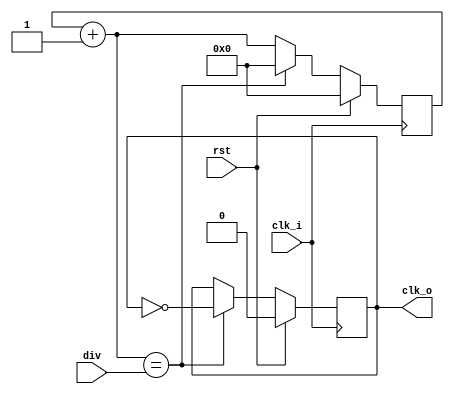
/*
 * The MIT License (MIT)
 *
 * Copyright (c) 2015 Stefan Wendler
 *
 * Permission is hereby granted, free of charge, to any person obtaining a copy
 * of this software and associated documentation files (the "Software"), to deal
 * in the Software without restriction, including without limitation the rights
 * to use, copy, modify, merge, publish, distribute, sublicense, and/or sell
 * copies of the Software, and to permit persons to whom the Software is
 * furnished to do so, subject to the following conditions:
 *
 * The above copyright notice and this permission notice shall be included in
 * all copies or substantial portions of the Software.
 *
 * THE SOFTWARE IS PROVIDED "AS IS", WITHOUT WARRANTY OF ANY KIND, EXPRESS OR
 * IMPLIED, INCLUDING BUT NOT LIMITED TO THE WARRANTIES OF MERCHANTABILITY,
 * FITNESS FOR A PARTICULAR PURPOSE AND NONINFRINGEMENT. IN NO EVENT SHALL THE
 * AUTHORS OR COPYRIGHT HOLDERS BE LIABLE FOR ANY CLAIM, DAMAGES OR OTHER
 * LIABILITY, WHETHER IN AN ACTION OF CONTRACT, TORT OR OTHERWISE, ARISING FROM,
 * OUT OF OR IN CONNECTION WITH THE SOFTWARE OR THE USE OR OTHER DEALINGS IN
 * THE SOFTWARE.
 */

/**
 * Simple Clock Devider
 * 
 * Devides a given input clock.
 * 
 * parameters:
 * 		div		count which is used to devide the input clock
 * inputs:
 * 		clk_i	input clock
 * outputs:
 * 		clk_o	output clock	
 */
module clkdiv(
	input rst,
	input clk_i,
	input [15:0] div,
	output clk_o
	);
		
	reg r_clk_o = 1'b0;
	reg [15:0] count = 16'h0;
	
	always @(posedge clk_i) begin
		
		if(rst) begin
			r_clk_o = 1'b0;
			count = 16'h0;			
		end
		else begin
			count = count + 1;
			if(count == div) begin
				count = 16'h0;
				r_clk_o = ~r_clk_o;
			end
		end
	end
	
	assign clk_o = r_clk_o;
	
endmodule